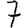
Digit: 7